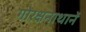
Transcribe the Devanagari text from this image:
गोरक्षनाथानें